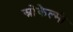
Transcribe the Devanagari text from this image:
स्नोकैल्मी